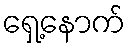
ရှေ့နောက်